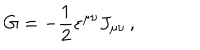
G = - \frac { 1 } { 2 } \varepsilon ^ { \mu \nu } J _ { \mu \nu } \, ,